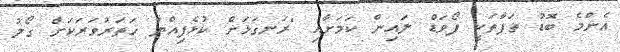
އެންމެ ބޮޑު ތަފާތަކީ ފޯވަޑް ލައިން ކަމަށާއި "ރަނގަޅަށް ކުޅެފިއްޔާ ހަތަރުވަރަކަށް ގޯލު